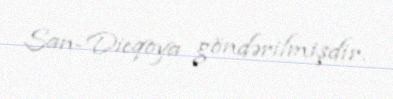
San-Dieqoya göndərilmişdir.